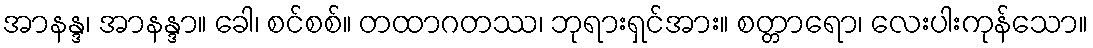
အာနန္ဒ၊ အာနန္ဒာ။ ခေါ၊ စင်စစ်။ တထာဂတဿ၊ ဘုရားရှင်အား။ စတ္တာရော၊ လေးပါးကုန်သော။